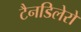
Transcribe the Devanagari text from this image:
टैनडिलेरो